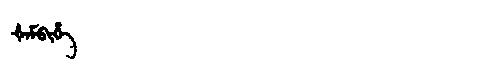
Manchu: ᡧᠠᠮᠪᡳᡥᡝ
Romanization: ŠAMBIHE